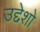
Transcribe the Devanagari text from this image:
उद्देशो